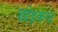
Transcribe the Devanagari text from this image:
छोड़करट